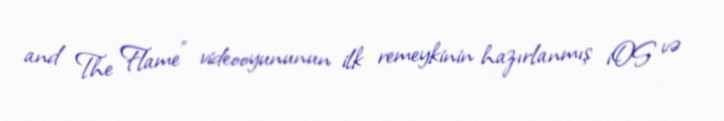
and The Flame" videooyununun ilk remeykinin hazırlanmış iOS və